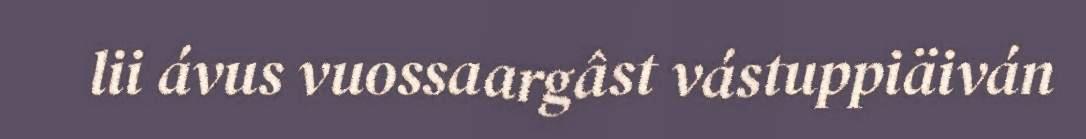
lii ávus vuossaargâst vástuppiäiván